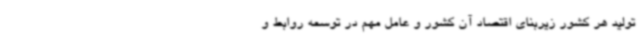
تولید هر کشور زیربنای اقتصاد آن کشور و عامل مهم در توسعه روابط و